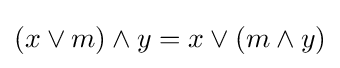
(x\vee m)\wedge y=x\vee (m\wedge y)